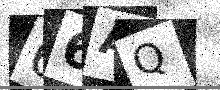
Text: 66AQ